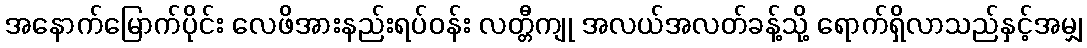
အနောက်မြောက်ပိုင်း လေဖိအားနည်းရပ်ဝန်း လတ္တီကျု အလယ်အလတ်ခန့်သို့ ရောက်ရှိလာသည်နှင့်အမျှ